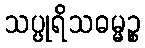
သပ္ပုရိသဓမ္မဉ္စ